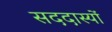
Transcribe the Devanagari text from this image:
सददास्यों